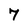
Character: 7